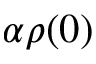
\alpha \rho ( 0 )